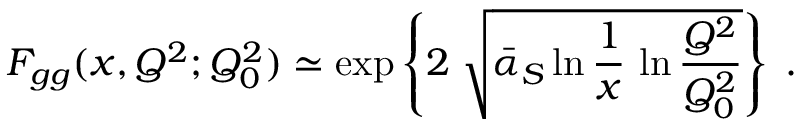
F _ { g g } ( x , Q ^ { 2 } ; Q _ { 0 } ^ { 2 } ) \simeq \exp \left\{ 2 \; \sqrt { { \bar { \alpha } } _ { S } \ln \frac { 1 } { x } \, \ln \frac { Q ^ { 2 } } { Q _ { 0 } ^ { 2 } } } \right\} \; .